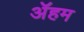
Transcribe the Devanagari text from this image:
ॲहम